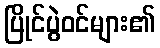
ပြိုင်ပွဲဝင်များ၏